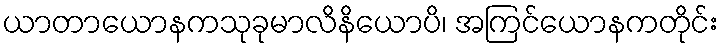
ယာတာယောနကသုခုမာလိနိယောပိ၊ အကြင်ယောနကတိုင်း